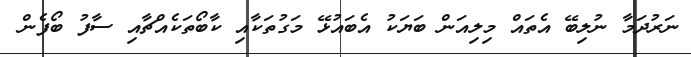
ނަރުދަމާ ނުލިބޭ އެތައް މިލިއަން ބަޔަކު އެބައުޅޭ މަގުތަކާއި ކާބޯތަކެއްޗާއި ސާފު ބޯފެން